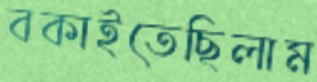
বকাইতেছিলাম